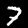
Digit: 7